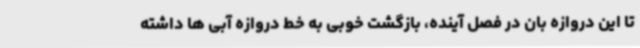
تا این دروازه بان در فصل آینده، بازگشت خوبی به خط دروازه آبی ها داشته